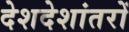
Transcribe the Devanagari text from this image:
देशदेशांतरों